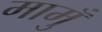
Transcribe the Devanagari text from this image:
मामुँ